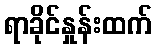
ရာခိုင်နှုန်းထက်